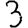
Digit: 3